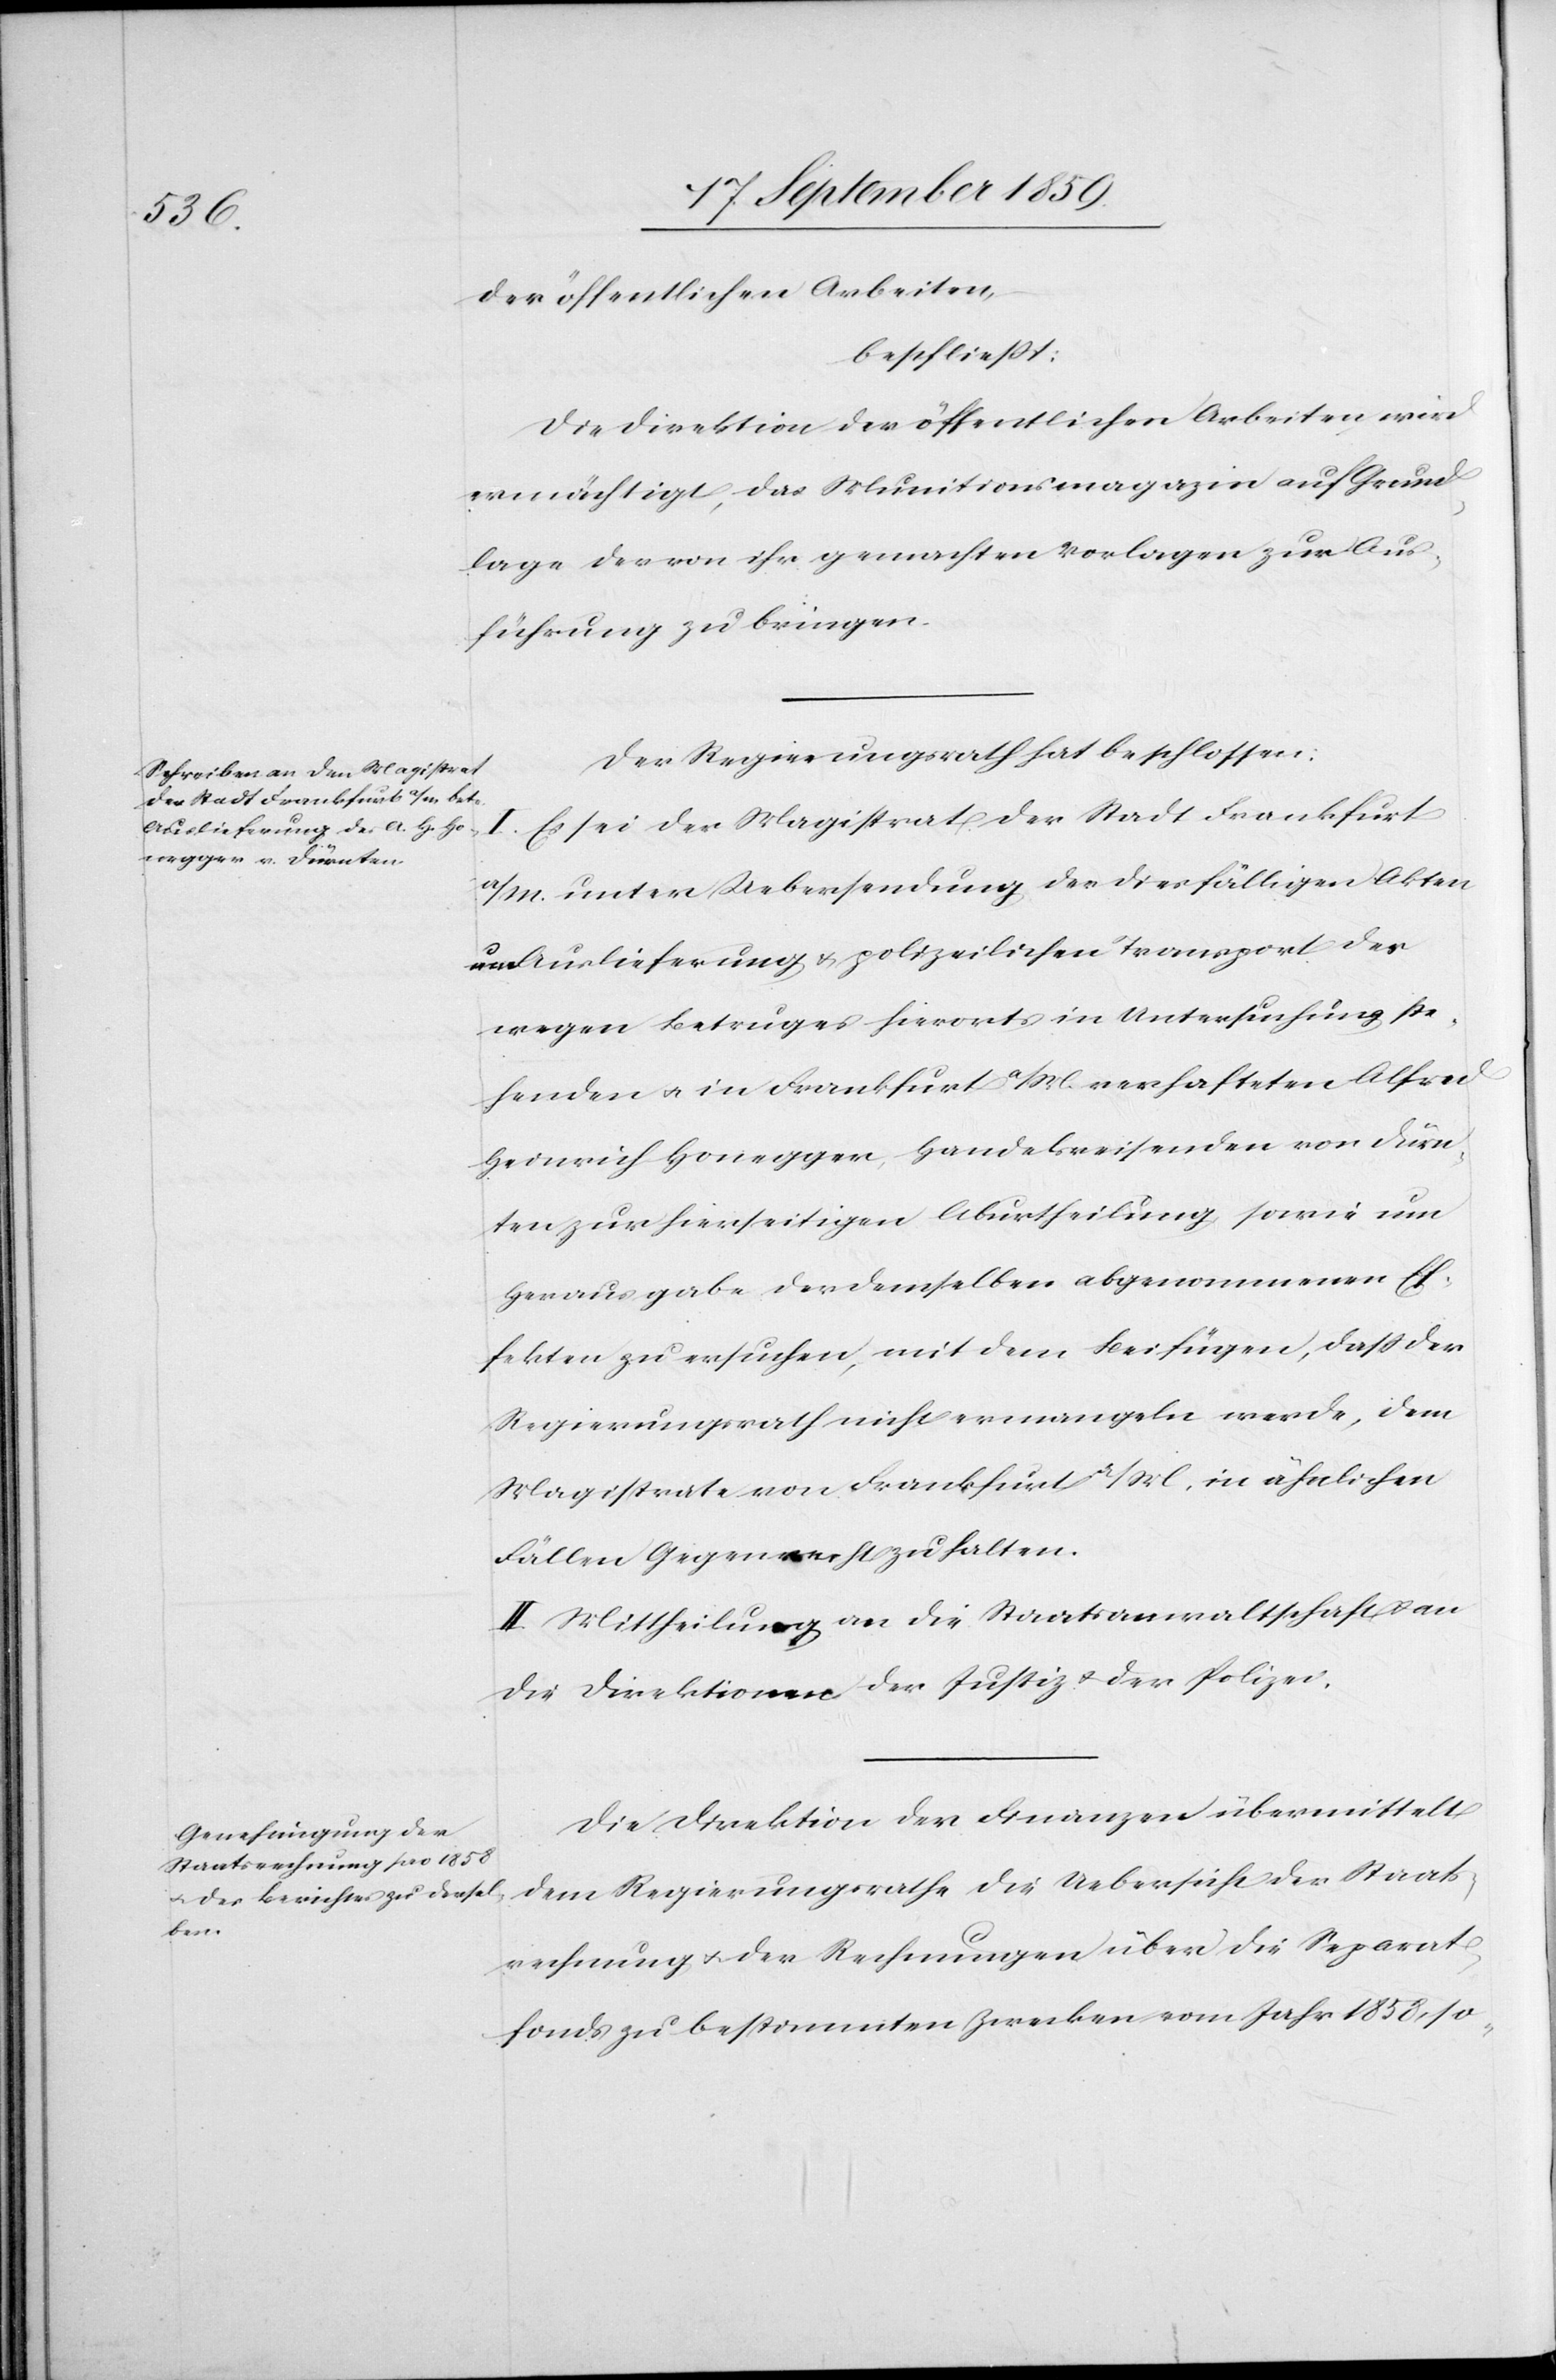
der öffentlichen Arbeiten,
beschließt:
Die Direktion der öffentlichen Arbeiten wird
ermächtigt, das Munitionsmagazin auf Grund¬
lage der von ihr gemachten Vorlagen zur Aus¬
führung zu bringen.
Der Regierungsrath hat beschlossen:
I. Es sei der Magistrat der Stadt Frankfurt
a/M. unter Uebersendung der diesfälligen Akten
Auslieferung & polizeilichen Transport des
wegen Betruges hierorts in Untersuchung ste¬
henden & in Frankfurt a/M. verhafteten Alfred
Heinrich Honegger, Handelsreisenden von Dürn¬
ten zur hierseitigen Aburtheilung sowie um
Herausgabe der demselben abgenommenen Ef¬
fekten zu ersuchen, mit dem Beifügen, daß der
Regierungsrath nicht ermangeln werde, dem
Magistrate von Frankfurt a/M. in ähnlichen
Fällen Gegenwehr zu halten.
II. Mittheilung an die Staatsanwaltschaft an
die Direktionen der Justiz & der Polizei.
Die Direktion der Finanzen übermittelt
dem Regierungsrathe die Uebersicht der Staats¬
rechnung & der Rechnungen über die Separat¬
fonds zu bestimmten Zwecken vom Jahr 1858, so-